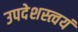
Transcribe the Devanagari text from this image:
उपदेशस्त्वयं